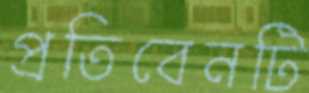
প্রতিবেনটি